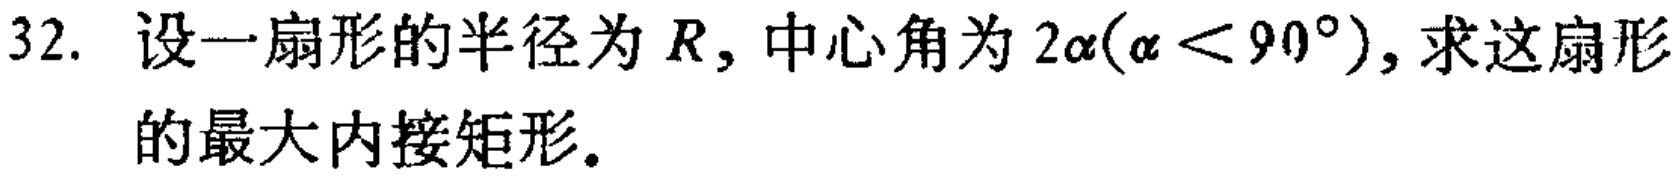
32. 设一扇形的半径为 \(R\)，中心角为 \(2\alpha(\alpha < 90^{\circ})\)，求这扇形的最大内接矩形。